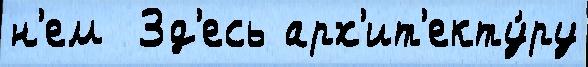
н'ем  Зд'есь арх'ит'екту́ру